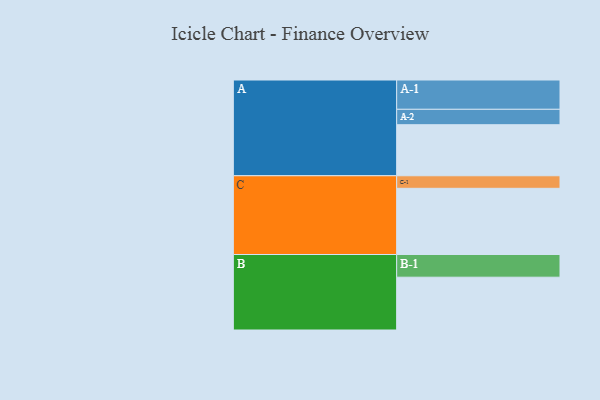
{"axis": {"x": "Segment", "y": "Value"}, "legend": ["", "A", "B", "C"], "data": [{"x": "A", "y": 378, "type": ""}, {"x": "B", "y": 391, "type": ""}, {"x": "C", "y": 490, "type": ""}, {"x": "A-1", "y": 217, "type": "A"}, {"x": "A-2", "y": 114, "type": "A"}, {"x": "B-1", "y": 168, "type": "B"}, {"x": "C-1", "y": 93, "type": "C"}]}